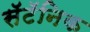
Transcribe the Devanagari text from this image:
सॅटॅनिक